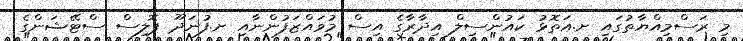
މި ރަސްމިއްޔާތުގައި ށ.އަތޮޅު ކައުންސިލް އިދާރާގެ އިސް މުވައްޒަފުންނާއި ށ.ފުނަދޫ ޕޮލިސް ސްޓޭޝަންގެ